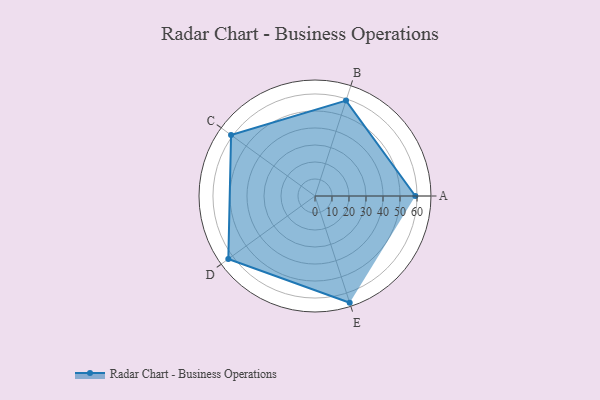
{"axis": {"x": "Skill", "y": "Score"}, "legend": ["Profile"], "data": [{"x": "A", "y": 59.0, "type": "Profile"}, {"x": "B", "y": 59.0, "type": "Profile"}, {"x": "C", "y": 61.0, "type": "Profile"}, {"x": "D", "y": 63.0, "type": "Profile"}, {"x": "E", "y": 66.0, "type": "Profile"}]}